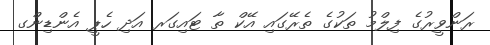
ރަންވީރުގެ ފިލްމު ތަކުގެ ތެރޭގައި އޭކް ތާ ޓައިގަރ އަދި ހެޕީ އެންޑިންގ